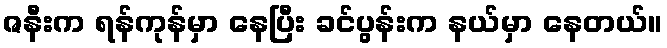
ဇနီးက ရန်ကုန်မှာ နေပြီး ခင်ပွန်းက နယ်မှာ နေတယ်။